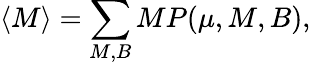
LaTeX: \langle M\rangle=\sum_{M,B}MP(\mu,M,B),